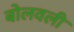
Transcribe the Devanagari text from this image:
बोलवली